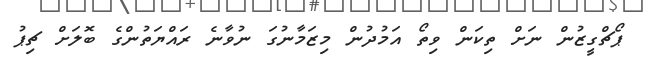
ޕޯޗްގީޒުން ނަށް ތިކަން ވިތޯ އަމުދުން މިޒަމާނުގަ ނުވާނެ ރައްޔަތުންގެ ބޮލަށް ޗިޕު